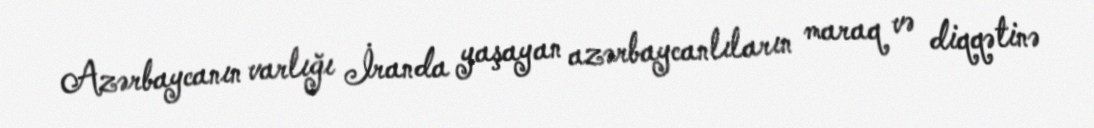
Azərbaycanın varlığı İranda yaşayan azərbaycanlıların maraq və diqqətinə